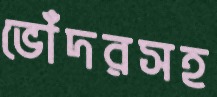
ভোঁদরসহ